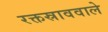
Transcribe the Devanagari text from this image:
रक्तस्राववाले